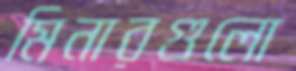
মিনারগুলো